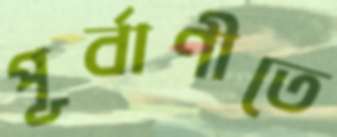
পূর্বাণীতে